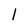
Character: l